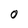
Character: O